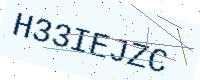
Text: H33IEJZC